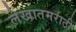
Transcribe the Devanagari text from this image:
लेखातमराठी